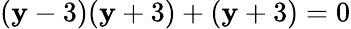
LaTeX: (\mathbf{y}-3)(\mathbf{y}+3)+(\mathbf{y}+3)=0